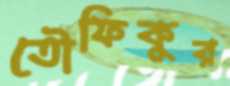
তৌফিকুর